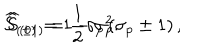
LaTeX: \widehat { S } _ { ( \pm 1 ) } = \frac 1 2 \sigma _ { p } \left( \sigma _ { p } \pm 1 \right) , \hspace { 0 . 5 i n } \widehat { S } _ { ( 0 ) } = 1 - \sigma _ { p } ^ { 2 } .